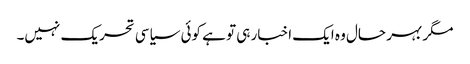
مگر بہر حال وہ ایک اخبار ہی تو ہے کوئی سیاسی تحریک نہیں۔